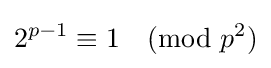
2^{p-1}\equiv 1{\pmod {p^{2}}}